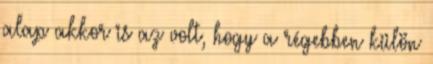
alap akkor is az volt, hogy a régebben külön